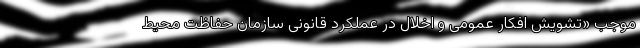
موجب «تشویش افکار عمومی و اخلال در عملکرد قانونی سازمان حفاظت محیط